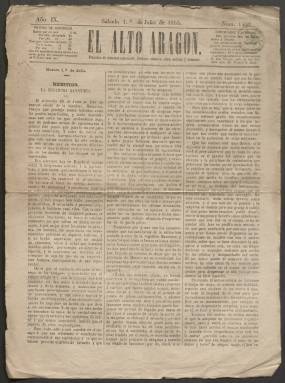
Título: El Alto Aragón (Huesca. 1857)
Colección: Periódicos
Ámbito geográfico: Huesca
Lugar de publicación: Huesca
Fechas: 01/07/1865-03/11/1870